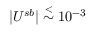
\vert U ^ { s b } \vert \stackrel { < } { \sim } 1 0 ^ { - 3 }